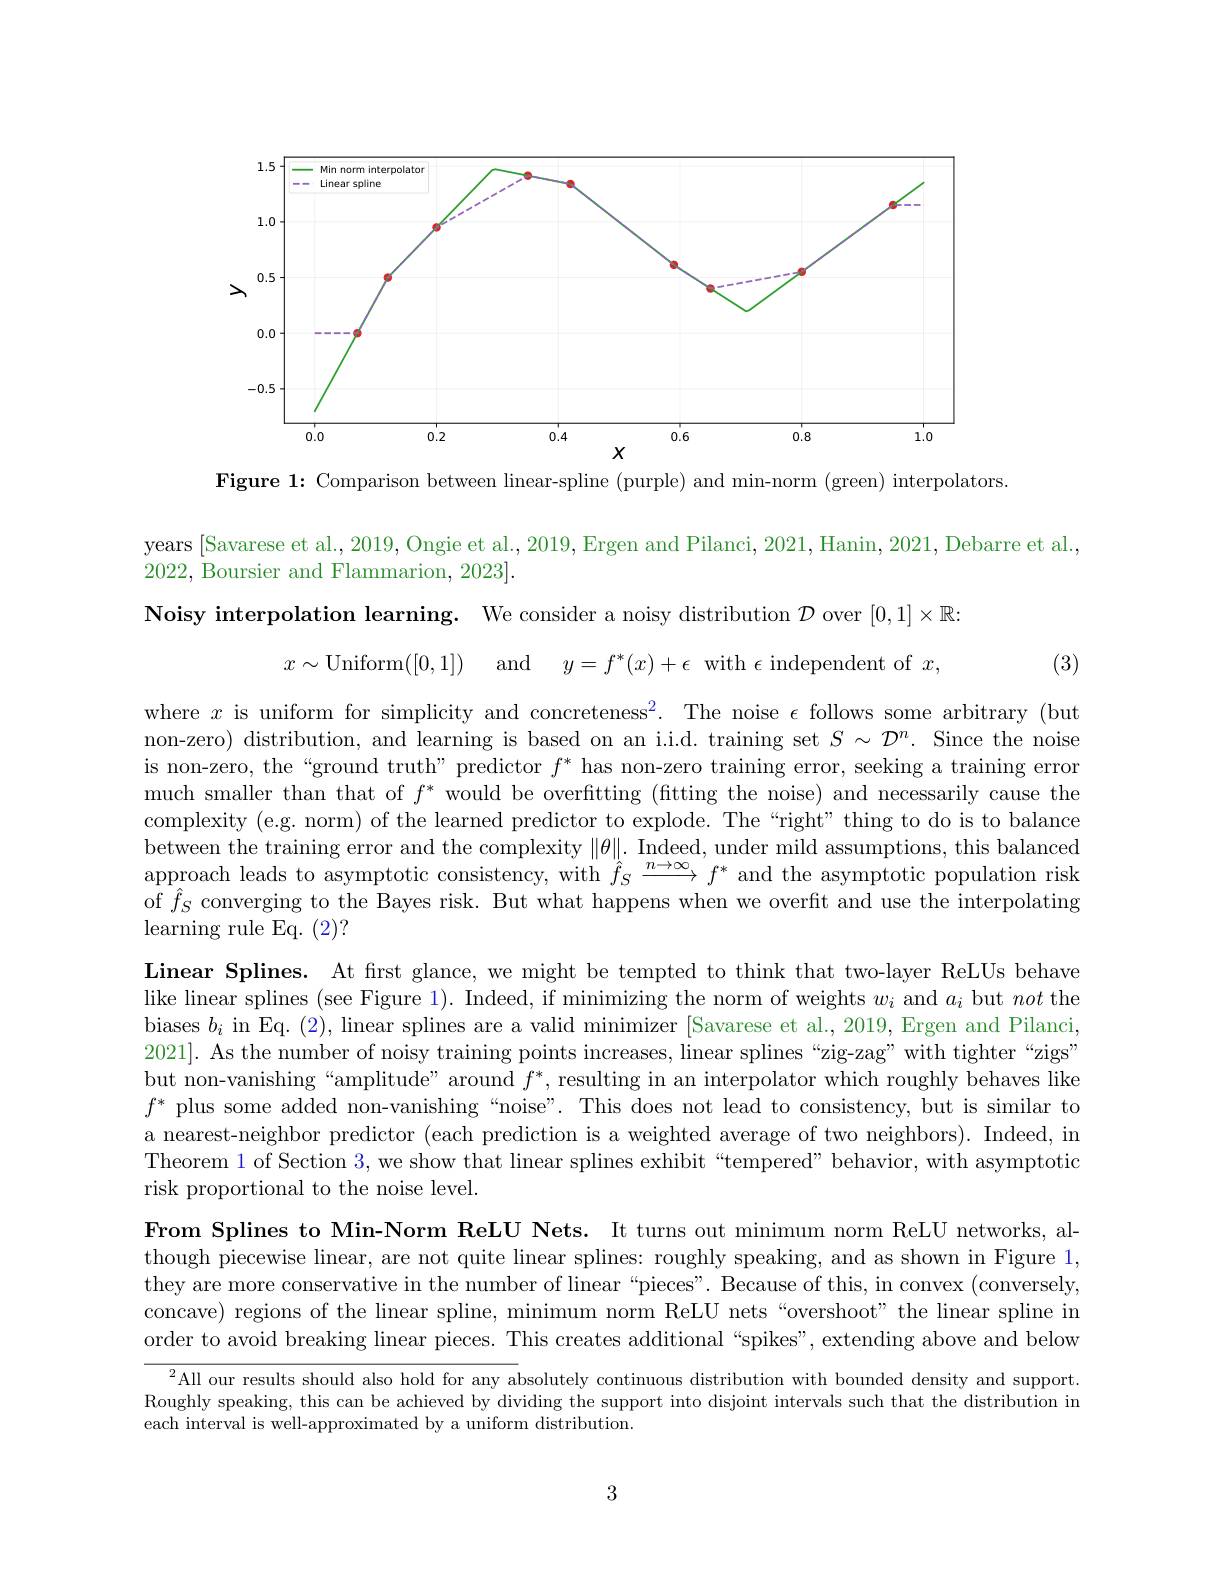
<FigureHere>

Figure 1: Comparison between linear-spline (purple) and min-norm (green) interpolators

years [Savarese et al., 2019, Ongie et al., 2019, Ergen and Pilanci, 2021, Hanin, 2021, Debarre et al.,
2022, Boursier and Flammarion, 2023].
Noisy interpolation learning. We consider a noisy distribution $\mathcal{D}$ over $[0,1]\times\mathbb{R}:$
$$x\sim\mathrm{Uniform}([0,1])\quad\mathrm{and}\quad y=f^*(x)+\epsilon\:\mathrm{with}\:\epsilon\:\mathrm{independent}\:\mathrm{of}\:x,$$
(3)

where $x$ is uniform for simplicity and concreteness$^2.$ The noise $\epsilon$ follows some arbitrary (but non-zero) distribution, and learning is based on an i.i.d. training set $S\sim\mathcal{D}^n.$ Since the noise is non-zero, the “ground truth” predictor $f^*$ has non-zero training error, seeking a training error much smaller than that of $f^*$ would be overfitting (fitting the noise) and necessarily cause the complexity (e.g. norm) of the learned predictor to explode. The “right”thing to do is to balance between the training error and the complexity $\|\theta\|.$ Indeed, under mild assumptions, this balanced approach leads to asymptotic consistency, with $\hat{f}_S\xrightarrow{n\to\infty}f^*$ and the asymptotic population risk of $\hat{f}_S$ converging to the Bayes risk. But what happens when we overfit and use the interpolating learning rule Eq. (2)?

Linear Splines. At frst glance, we might be tempted to think that two-layer ReLUs behave like linear splines (see Figure 1). Indeed, if minimizing the norm of weights $w_i$ and $a_i$ but not the biases $b_i$ in Eq. (2), linear splines are a valid minimizer [Savarese et al., 2019, Ergen and Pilanci, 2021]. As the number of noisy training points increases, linear splines “zig-zag” with tighter“zigs" but non-vanishing“amplitude”around $f^*$, resulting in an interpolator which roughly behaves like $f^*$ plus some added non-vanishing“noise”. This does not lead to consistency, but is similar to a nearest-neighbor predictor (each prediction is a weighted average of two neighbors). Indeed, in Theorem 1 of Section 3, we show that linear splines exhibit“tempered” behavior, with asymptotic risk proportional to the noise level.
From Splines to Min-Norm ReLU Nets. It turns out minimum norm ReLU networks, although piecewise linear, are not quite linear splines: roughly speaking, and as shown in Figure 1, they are more conservative in the number of linear “pieces”. Because of this, in convex (conversely, concave) regions of the linear spline, minimum norm ReLU nets“overshoot" the linear spline in order to avoid breaking linear pieces. This creates additional “spikes”, extending above and below

$^{2}$All our results should also hold for any absolutely continuous distribution with bounded density and support. Roughly speaking, this can be achieved by dividing the support into disjoint intervals such that the distribution in each interval is well-approximated by a uniform distribution.

3